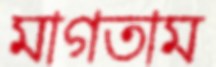
মাগতাম